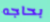
بحاجه